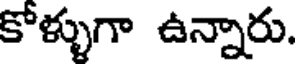
కోళ్ళుగా ఉన్నారు.